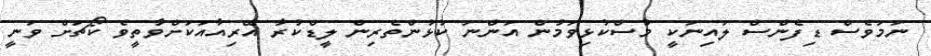
ނަމަވެސް ޑިފެންސް ލައިނަކީ މުސްކުޅިވަމުން އަންނަ ކުޅުންތެރިން ލީޑްކުރާ އޭރިއާއަކަށްވާތީވެ ކޯޗަށް ވަނީ